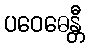
ပဝေဓေန္တီ